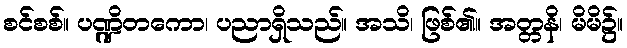
စင်စစ်။ ပဏ္ဍိတကော၊ ပညာရှိသည်။ အသိ၊ ဖြစ်၏။ အတ္တနိ၊ မိမိ၌။